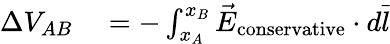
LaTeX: \begin{array}{rl}{\Delta V_{AB}}&{{}=-\int_{x_{A}}^{x_{B}}{\vec{E}}_{\mathrm{conservative}}\cdot d{\vec{l}}}\end{array}